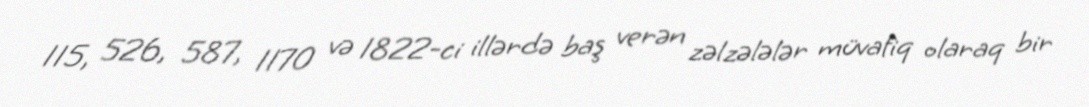
115, 526, 587, 1170 və 1822-ci illərdə baş verən zəlzələlər müvafiq olaraq bir